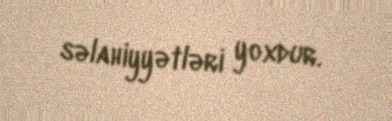
səlahiyyətləri yoxdur.